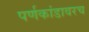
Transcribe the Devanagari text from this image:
पर्णकांडावरच